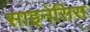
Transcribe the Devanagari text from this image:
साइनेंसिस